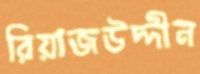
রিয়াজউদ্দীন